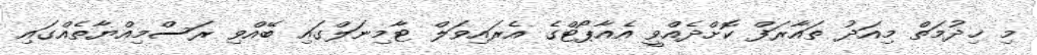
މި ޚިދުމަތް މިއަދު ތައާރަފް ކޮށްދެއްވީ އެއާޕޯޓްގެ އެރައިވަލް ޓާމިނަލްގައި ބޭއްވި ރަސްމިއްޔާތެއްގައި